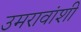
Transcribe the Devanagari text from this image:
उमरावांशी